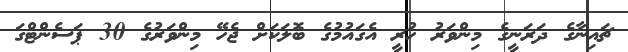
ޗައިނާގެ ދަރަނީގެ މިންވަރު ހުރީ އެގައުމުގެ ބޮލަކަށް ޖެހޭ މިންވަރުގެ 30 ޕަސެންޓްގަ